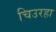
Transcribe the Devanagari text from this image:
चिउरहा